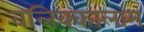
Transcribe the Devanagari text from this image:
वलिक्कालाम